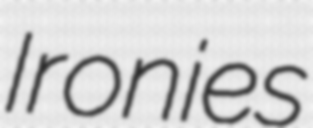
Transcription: Ironies